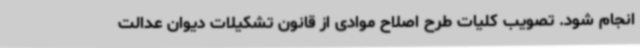
انجام شود. تصویب کلیات طرح اصلاح موادی از قانون تشکیلات دیوان عدالت